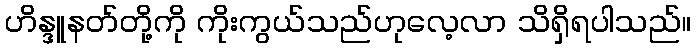
ဟိန္ဒူနတ်တို့ကို ကိုးကွယ်သည်ဟုလေ့လာ သိရှိရပါသည်။